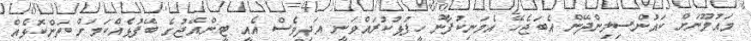
މައުމޫނަށް ކައުންސިލިންދޭން އެބަޖެހޭ އެމަނިކުފާނު ހީފުޅުކުރައްވަނީ އަދިވެސް އެއީ ޓީންއޭޖުގެ ބޭފުޅެއްކަމަށް ތަންކޮޅެއް